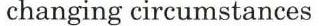
changing circumstances